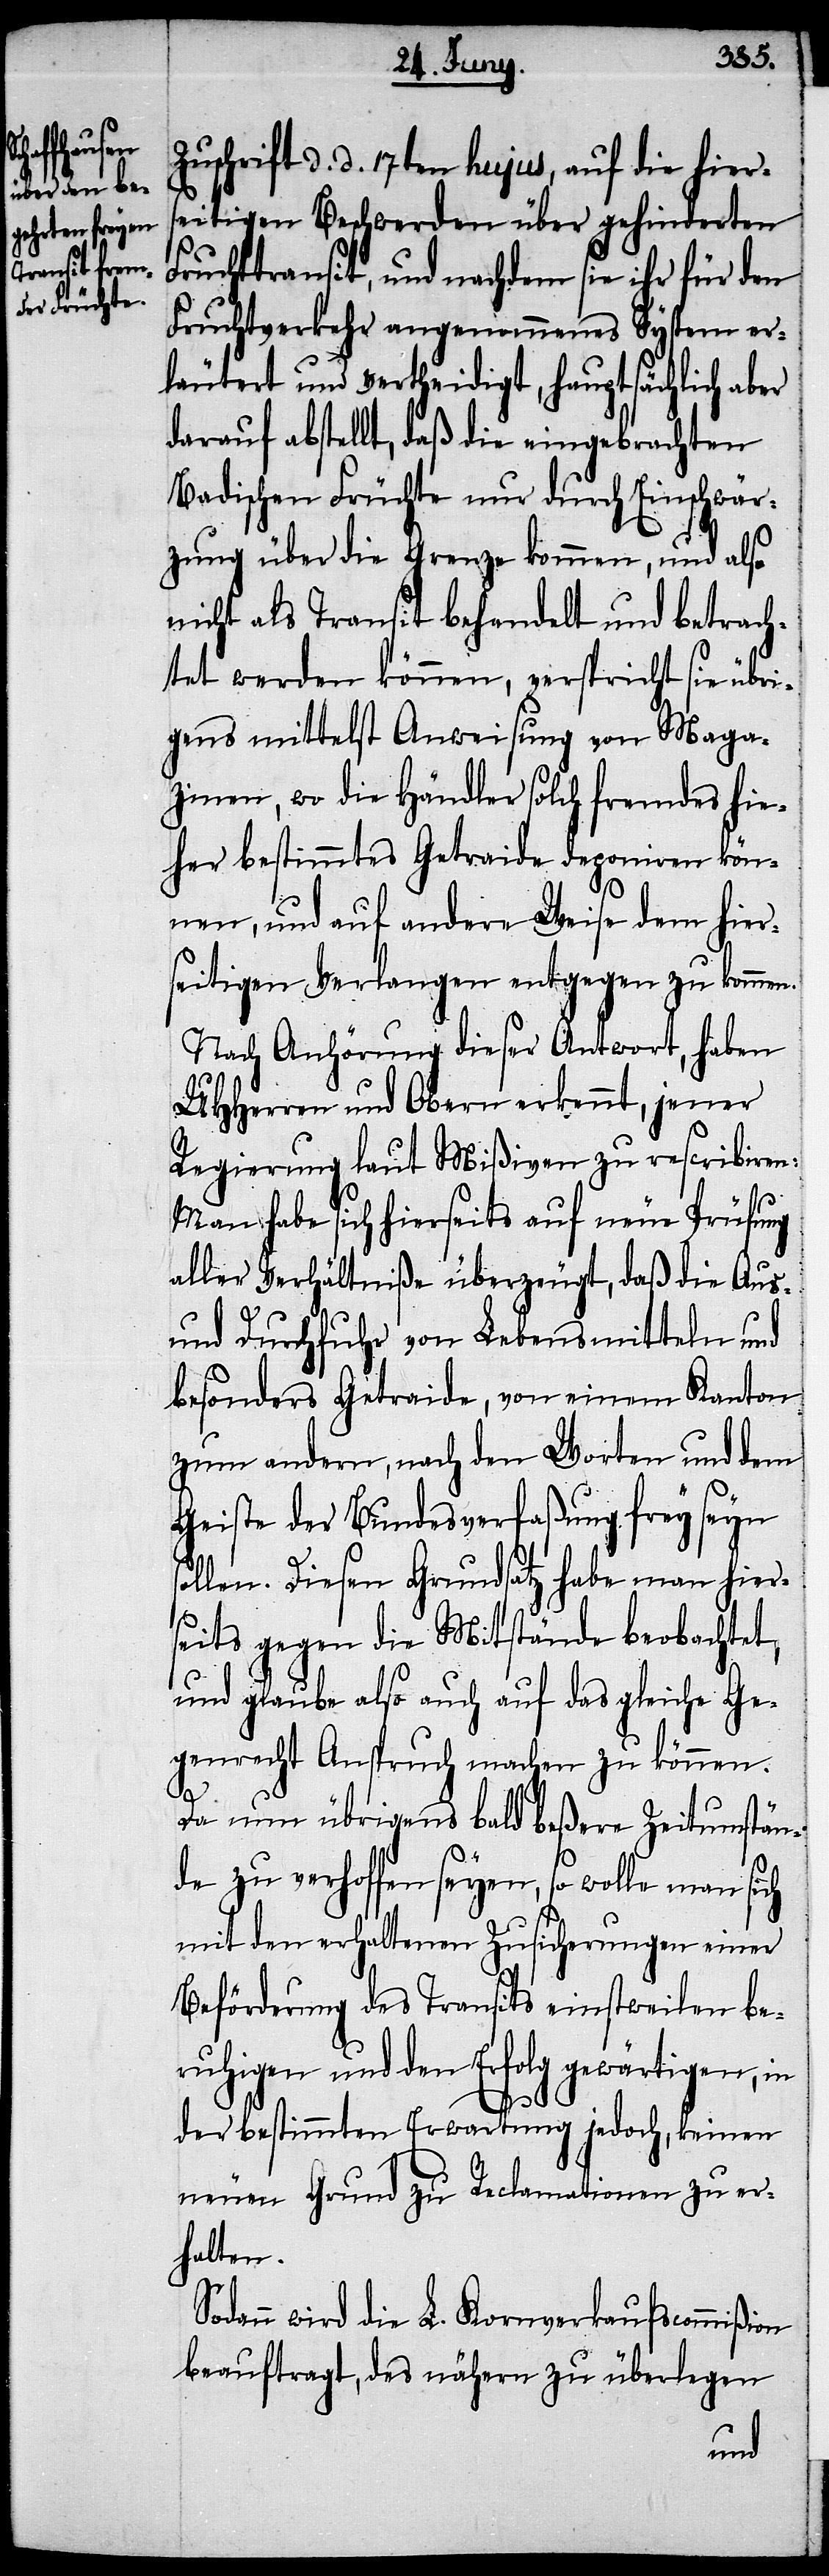
Zuschrift d. d. 17ten hujus, auf die hier¬
seitigen Beschwerden über gehinderten
Fruchttransit, und nachdem sie ihr für den
Fruchtverkehr angenommenes System er¬
läutert und vertheidigt, hauptsächlich aber
darauf abstellt, daß die eingebrachten
Badischen Früchte nur durch Einschwär¬
zung über die Grenze kommen, und also
nicht als Transit behandelt und betrach¬
tet werden können, verspricht sie übri¬
gens mittelst Anweisung von Maga¬
zinen, wo die Händler solch fremdes hie¬
her bestimmtes Getraide deponiren kön¬
nen, und auf andere Weise dem hier¬
seitigen Verlangen entgegen zu kommen.
Nach Anhörung dieser Antwort, haben
UHHerren und Obern erkennt, jener
Regierung laut Mißiven zu rescribiren:
Man habe sich hierseits auf neue Prüfung
aller Verhältniße überzeugt, daß die Aus-
und Durchfuhr von Lebensmitteln und
besonders Getraide, von einem Kanton
zum andern, nach den Worten und dem
Geiste der Bundesverfaßung frey seyn
ollen. Diesen Grundsatz habe man hier¬
seits gegen die Mitstände beobachtet,
und glaube also auch auf das gleiche Ge¬
genrecht Anspruch machen zu können.
Da nun übrigens bald beßere Zeitumstän¬
de zu verhoffen seyen, so wolle man sich
mit erhaltenen Zusicherungen einer
Beförderung des Transits einstweilen be¬
ruhigen und den Erfolg gewärtigen, in
s¬
der bestimmten Erwartung jedoch, keinen
neuen Grund zu Reclamation zu er¬
halten.
Sodann wird die L. Kornverkaufscommißion
beauftragt, des nähern zu überlegen